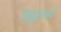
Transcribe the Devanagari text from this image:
समुद्रतलों